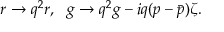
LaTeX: r \rightarrow q ^ { 2 } r , \, \, \, \, g \rightarrow q ^ { 2 } g - i q ( p - \bar { p } ) \zeta .